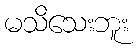
မသိသေးဘူး